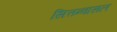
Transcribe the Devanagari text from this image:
सित्तन्वासल